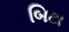
બિટા